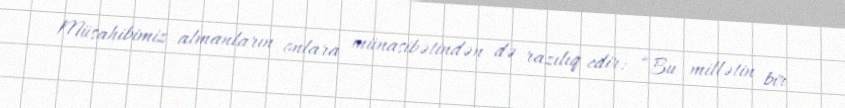
Müsahibimiz almanların onlara münasibətindən də razılıq edir: “Bu millətin bir